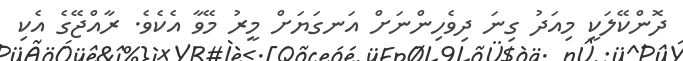
ދޮންކޭލަކީ މިއަދު ގިނަ ދިވެހިންނަށް އަނގަޔަށް މީރު މޭވާ އެކެވެ. ރާއްޖޭގެ އެކި